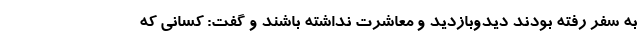
به سفر رفته بودند دیدوبازدید و معاشرت نداشته باشند و گفت: کسانی که